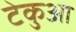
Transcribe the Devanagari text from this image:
टेकुआ